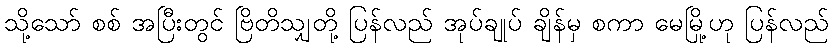
သို့သော် စစ် အပြီးတွင် ဗြိတိသျှတို့ ပြန်လည် အုပ်ချုပ် ချိန်မှ စကာ မေမြို့ဟု ပြန်လည်